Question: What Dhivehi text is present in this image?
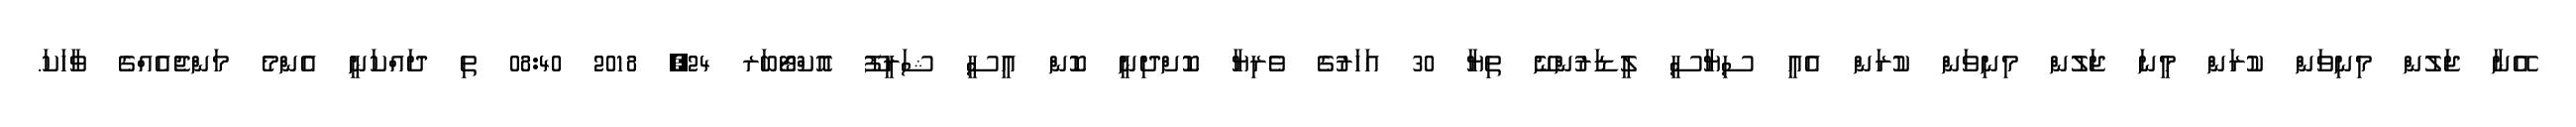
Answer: އޭނާ ޖަލުން މިނިވަން ކުރަން މީނަ ޖަލުން މިނިވަން ކުރަން އެއީ ސިޔާސީ ލީޑަރުންނޭ ތިޔާ 30 އަހަރުގެ ވެރިޔާ ކޮށްދިނީ ކޮން އީސީ ޝަރީފޫ އޮކްޓޯބަރ 24, 2018 08:40 ތި ދައްކަނީ އެންމެ މަންޖެއެއްގެ ވާހަކަ.